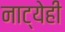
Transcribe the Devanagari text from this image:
नाट्येही